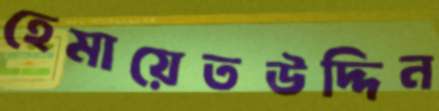
হেমায়েতউদ্দিন